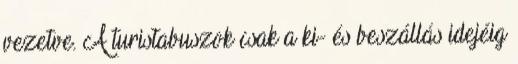
vezetve. A turistabuszok csak a ki- és beszállás idejéig